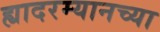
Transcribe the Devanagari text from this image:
ह्यादरम्यानच्या